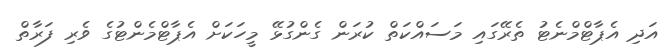
އަދި އެޕާޓްމްނެޓު ތެރޭގައި މަސައްކަތް ކުރަން ގެންގުޅޭ މީހަކަށް އެޕާޓްމެންޓުުގެ ވެރި ފަރާތް